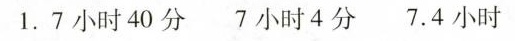
1.7小时40分 7小时4分7.4小时